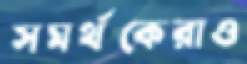
সমর্থকেরাও